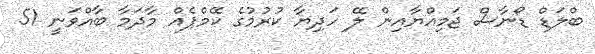
ބްލަޑް ޑޯނާސް ޖަމިއްޔާއިން ލޭ ހަދިޔާ ކުރުމުގެ ކޭމްޕެއް މާދަމާ ބާއްވަނީ 51